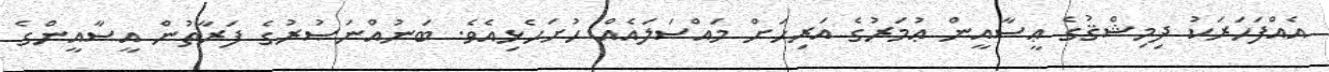
އެއްފަހަރަކު ދިމިޝްޤުގެ ޢީސާއީން ޢުމަރުގެ އަރިހަށް މައްސަލައެއް ހުށަހެޅިއެވެ. ބަނުއްނަޞުރުގެ ފަރާތުން އީސާއީންގެ